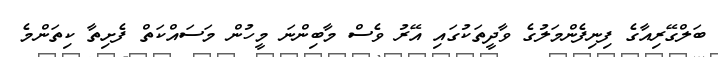
ބަލްގޭރިއާގެ ފިނިފެންމަލުގެ ވާދީތަކުގައި އޭރު ވެސް މާބިންނަ މީހުން މަސައްކަތް ފެށިތާ ކިތަންމެ